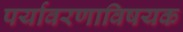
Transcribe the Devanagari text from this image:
पर्यावरणाविषयक